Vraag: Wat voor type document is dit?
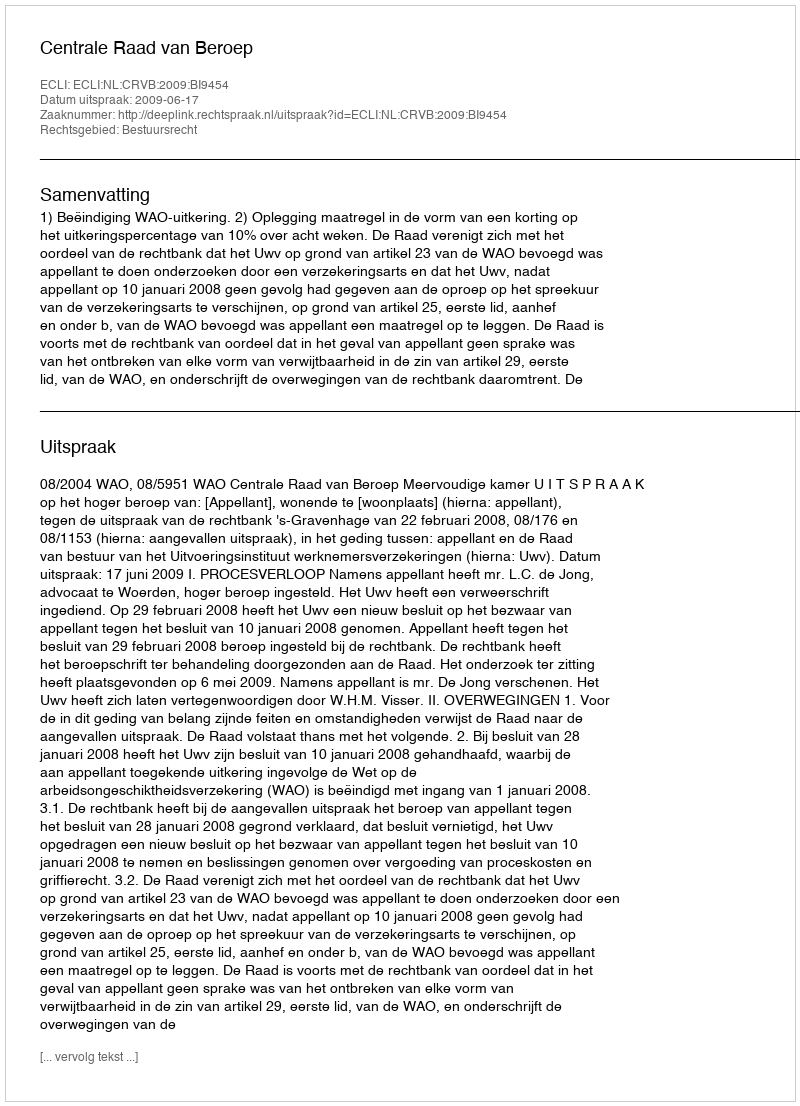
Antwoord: Uitspraak